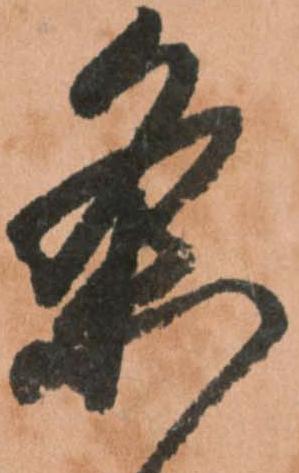
条